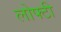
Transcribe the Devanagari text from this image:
लोफ्टी